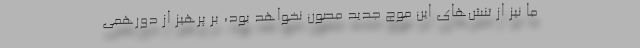
ما نیز از تنش‌های این موج جدید مصون نخواهد بود، بر پرهیز از دورهمی